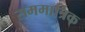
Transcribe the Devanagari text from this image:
सममात्रिक